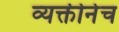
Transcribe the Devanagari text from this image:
व्यक्तीनेच